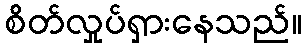
စိတ်လှုပ်ရှားနေသည်။